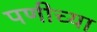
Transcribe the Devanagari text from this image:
पणीच्या